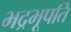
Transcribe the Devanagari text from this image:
भद्रभूपति